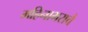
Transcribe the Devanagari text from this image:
महिनाभराचे